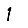
Digit: 1